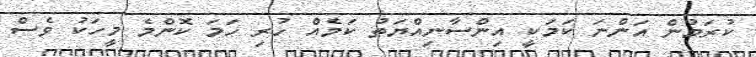
ކުރަމުން އަންނަ ކަމަކީ އިންސާނިއްޔަތު ކަމެއް ހުރި ހަމަ ކޮންމެ މީހަކު ވެސް